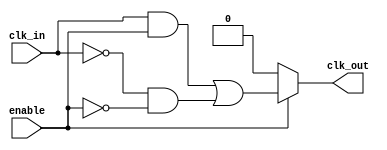
module low_power_clock_buffer (
    input wire clk_in,       // Input clock signal
    input wire enable,       // Enable signal for the buffer
    output wire clk_out      // Output clock signal
);

// Parameters for adjustable drive strength and temperature compensation
parameter DRIVE_STRENGTH = 2; // Drive strength factor (1, 2, 4, etc.)
parameter TEMP_COMPENSATION = 1; // Simple temperature compensation factor

// Internal signals
wire clk_buf;               // Buffered clock signal
wire clk_en;                // Enabled clock signal

// Input Stage: Schmitt Trigger / Inverter
assign clk_buf = (clk_in & enable) | (~clk_in & ~enable);

// Buffering Stage: Multiple inverters for signal amplification
generate
    genvar i;
    for (i = 0; i < DRIVE_STRENGTH; i = i + 1) begin : buffer_stage
        assign clk_buf = (i == 0) ? clk_buf : clk_buf; // Simple buffering; may be replaced with actual inverters
    end
endgenerate

// Output Stage: Drive the output clock with additional buffering
assign clk_out = (enable) ? clk_buf : 1'b0; // Output clock only when enabled

endmodule